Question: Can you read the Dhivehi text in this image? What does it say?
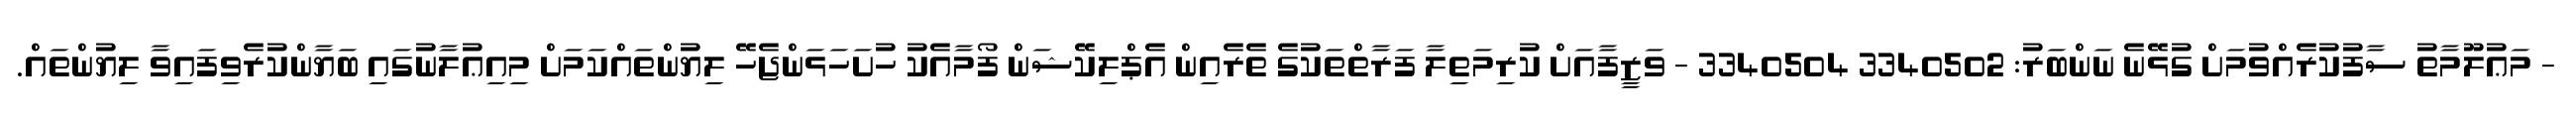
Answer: - މަޢުލޫމާތު ސާފުކުރެއްވުމަށް ގުޅޭނެ ނަންބަރު: 3340502 3340504 - ވަޒީފާއަށް ކުރިމަތިލާ ފަރާތްތަކުގެ ތެރެއިން އެޕްލިކޭޝަން ފޯމާއެކު ހުށަހަޅަންޖެހޭ ލިޔުންތައްކަމަށް މިއިޢުލާނުގައި ބަޔާންކުރެވިފައިވާ ލިޔުންތައް.